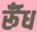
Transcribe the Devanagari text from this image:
र्रूँध